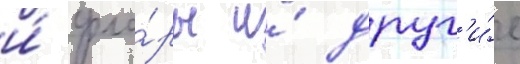
и́ фло́ры и́ друг'и́е